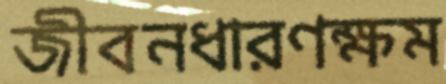
জীবনধারণক্ষম